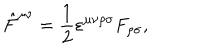
LaTeX: \hat { F } ^ { \mu \nu } = \frac { 1 } { 2 } \varepsilon ^ { \mu \nu \rho \sigma } F _ { \rho \sigma } ,